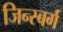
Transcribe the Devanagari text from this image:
जिन्स्बर्ग